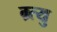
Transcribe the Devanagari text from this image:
म्र्त्यु